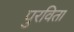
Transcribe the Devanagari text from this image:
पुरविता